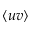
\langle u v \rangle